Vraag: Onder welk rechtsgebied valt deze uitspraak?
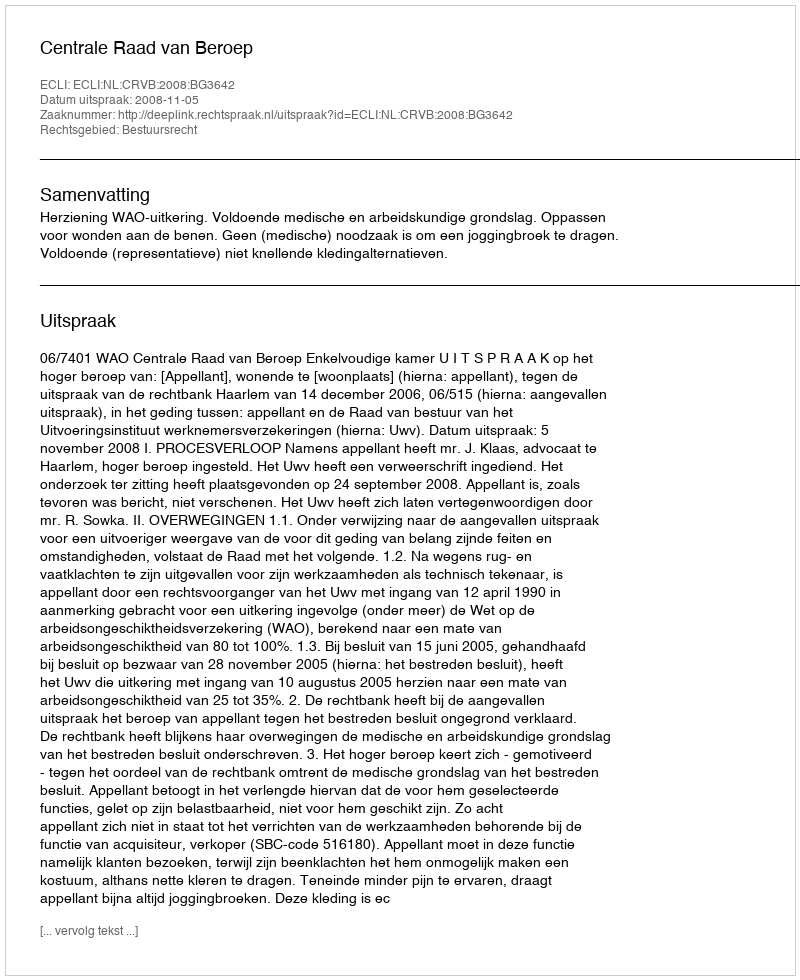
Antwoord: Bestuursrecht